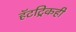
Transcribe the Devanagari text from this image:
हॅटट्रिकही